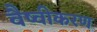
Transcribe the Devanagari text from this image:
वैष्वीकरण